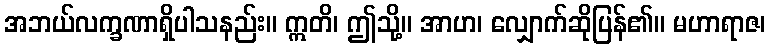
အဘယ်လက္ခဏာရှိပါသနည်း။ ဣတိ၊ ဤသို့။ အာဟ၊ လျှောက်ဆိုပြန်၏။ မဟာရာဇ၊